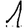
Digit: 1